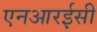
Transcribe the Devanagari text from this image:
एनआरईसी